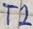
Text: T2